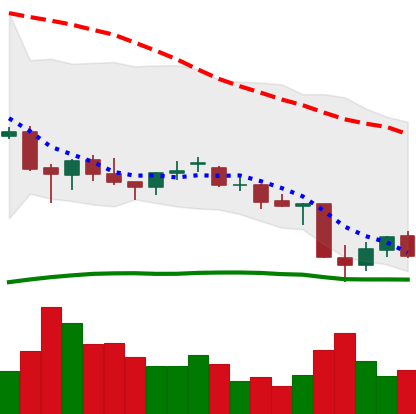
Ticker: EOS-USD
Chart end date: 2021-06-25
Forward return: 16.488%
Label: up_7plus